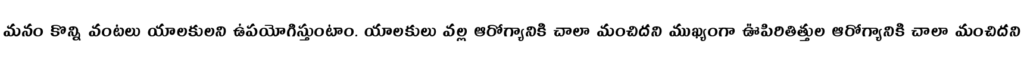
మనం కొన్ని వంటలు యాలకులని ఉపయోగిస్తుంటాం. యాలకులు వల్ల ఆరోగ్యానికి చాలా మంచిదని ముఖ్యంగా ఊపిరితిత్తుల ఆరోగ్యానికి చాలా మంచిదని